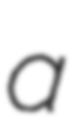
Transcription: a